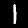
Label: 1